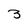
Character: 3